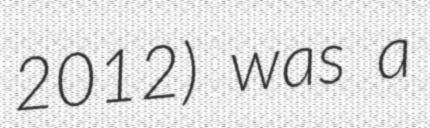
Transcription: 2012) was a